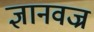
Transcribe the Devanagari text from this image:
ज्ञानवज्र